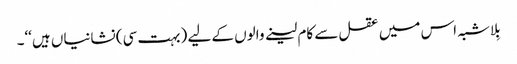
بِلاشبہ اس میں عقل سے کام لینے والوں کے لیے (بہت سی) نشانیاں ہیں‘‘۔